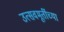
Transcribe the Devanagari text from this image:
उत्सवमूर्तीच्या